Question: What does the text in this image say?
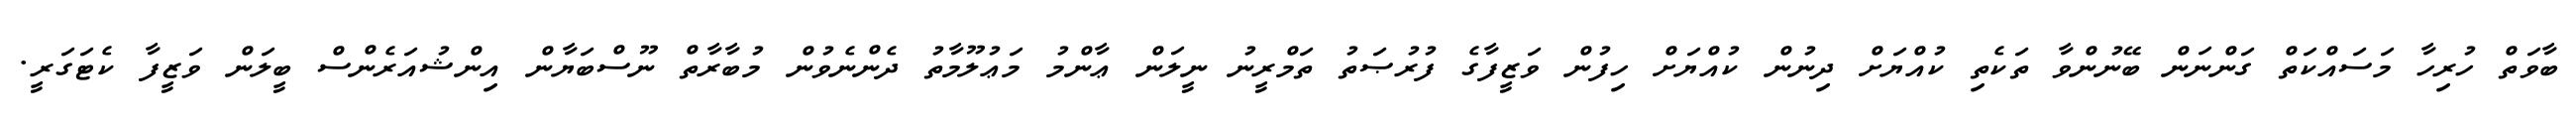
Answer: ބާވަތް ހުރިހާ މަސައްކަތް ގަންނަން ބޭނުންވާ ތަކެތި ކުއްޔަށް ދިނުން ކުއްޔަށް ހިފުން ވަޒީފާގެ ފުރުޞަތު ތަމްރީނު ނީލަން ޢާންމު މަޢުލޫމާތު ދެންނެވުން މުބާރާތް ނޫސްބަޔާން އިންޝުއަރެންސް ބީލަން ވަޒީފާ ކެޓަގަރީ.